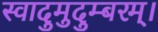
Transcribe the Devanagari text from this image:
स्वादुमुदुम्बरम्।